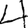
Digit: 4